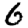
Digit: 6